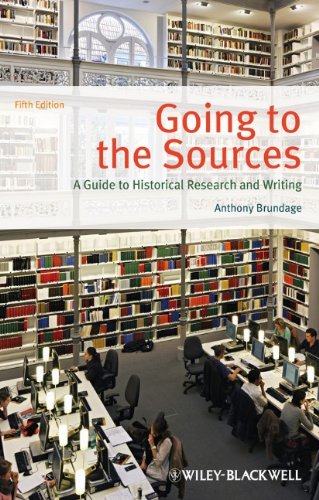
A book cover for Going to the Sources: A Guide to Historical Research and Writing; Anthony Brundage; History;